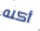
أكله